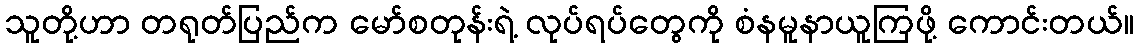
သူတို့ဟာ တရုတ်ပြည်က မော်စတုန်းရဲ့ လုပ်ရပ်တွေကို စံနမူနာယူကြဖို့ ကောင်းတယ်။